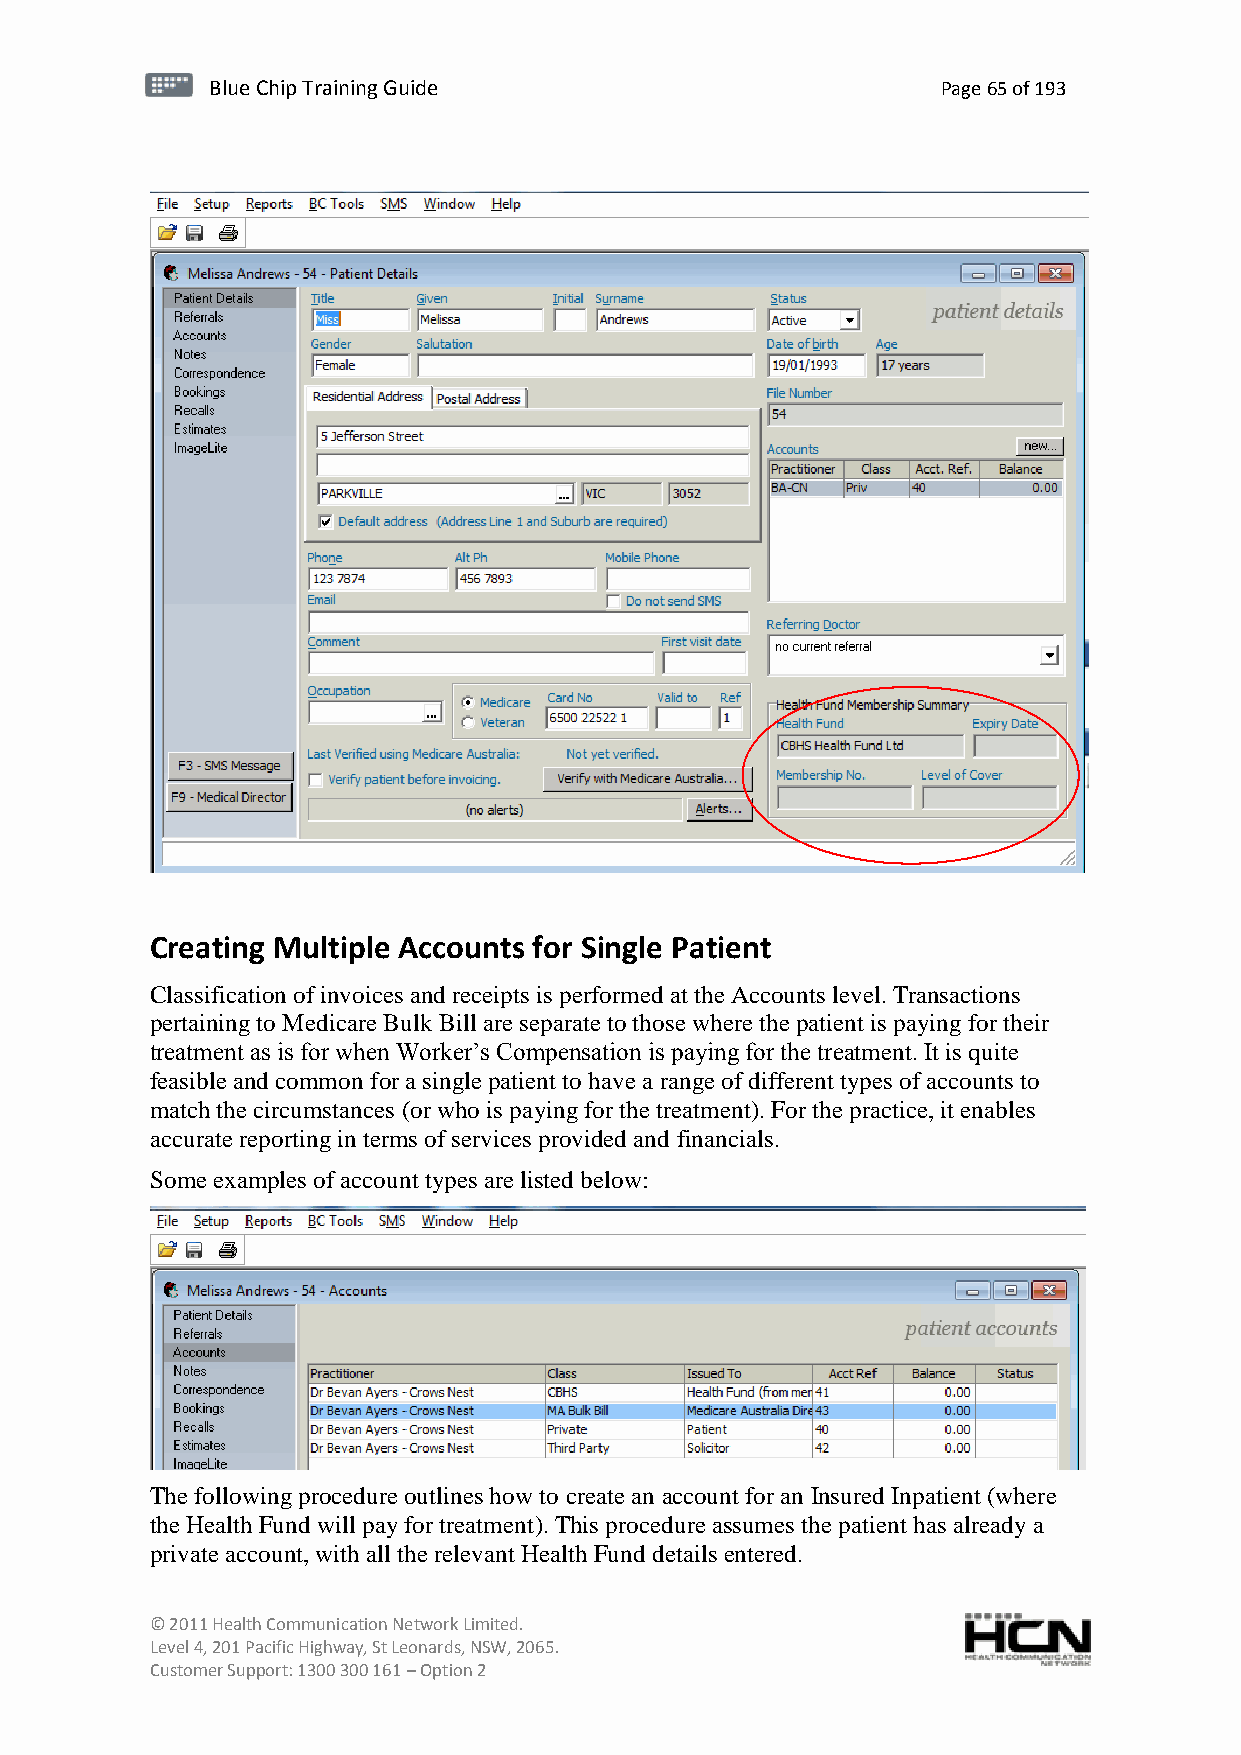
BBlluuee C Chihpi pTr Tairnainingi Gnugi dGeu ide Page 65 of 193
 Creating Multiple Accounts for Single Patient
 Classification of invoices and receipts is performed at the Accounts level. Transactions
 pertaining to Medicare Bulk Bill are separate to those where the patient is paying for their
 treatment as is for when Worker’s Compensation is paying for the treatment. It is quite
 feasible and common for a single patient to have a range of different types of accounts to
 match the circumstances (or who is paying for the treatment). For the practice, it enables
 accurate reporting in terms of services provided and financials.
 Some examples of account types are listed below:
 The following procedure outlines how to create an account for an Insured Inpatient (where
 the Health Fund will pay for treatment). This procedure assumes the patient has already a
 private account, with all the relevant Health Fund details entered.
 © 2011 Health Communication Network Limited.
 Level 4, 201 Pacific Highway, St Leonards, NSW, 2065.
 Customer Support: 1300 300 161 – Option 2